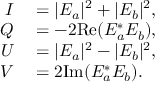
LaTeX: \begin{array} { r l } { I } & { { } = | E _ { a } | ^ { 2 } + | E _ { b } | ^ { 2 } , } \\ { Q } & { { } = - 2 \mathrm { R e } ( E _ { a } ^ { * } E _ { b } ) , } \\ { U } & { { } = | E _ { a } | ^ { 2 } - | E _ { b } | ^ { 2 } , } \\ { V } & { { } = 2 \mathrm { I m } ( E _ { a } ^ { * } E _ { b } ) . } \end{array}